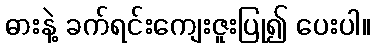
ဓားနဲ့ ခက်ရင်းကျေးဇူးပြု၍ ပေးပါ။